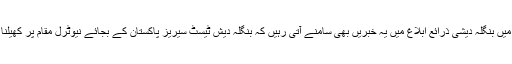
اس ضمن میں بنگلہ دیشی ذرائع ابلاغ میں یہ خبریں بھی سامنے آتی رہیں کہ بنگلہ دیش ٹیسٹ سیریز پاکستان کے بجائے نیوٹرل مقام پر کھیلنا چاہتا ہے۔